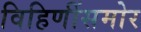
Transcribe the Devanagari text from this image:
विहिणींसमोर